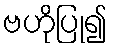
ဗဟိုပြု၍